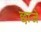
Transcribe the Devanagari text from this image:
छाजे